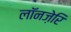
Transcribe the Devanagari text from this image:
लॉनज़ेरि